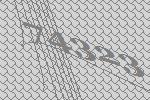
74323